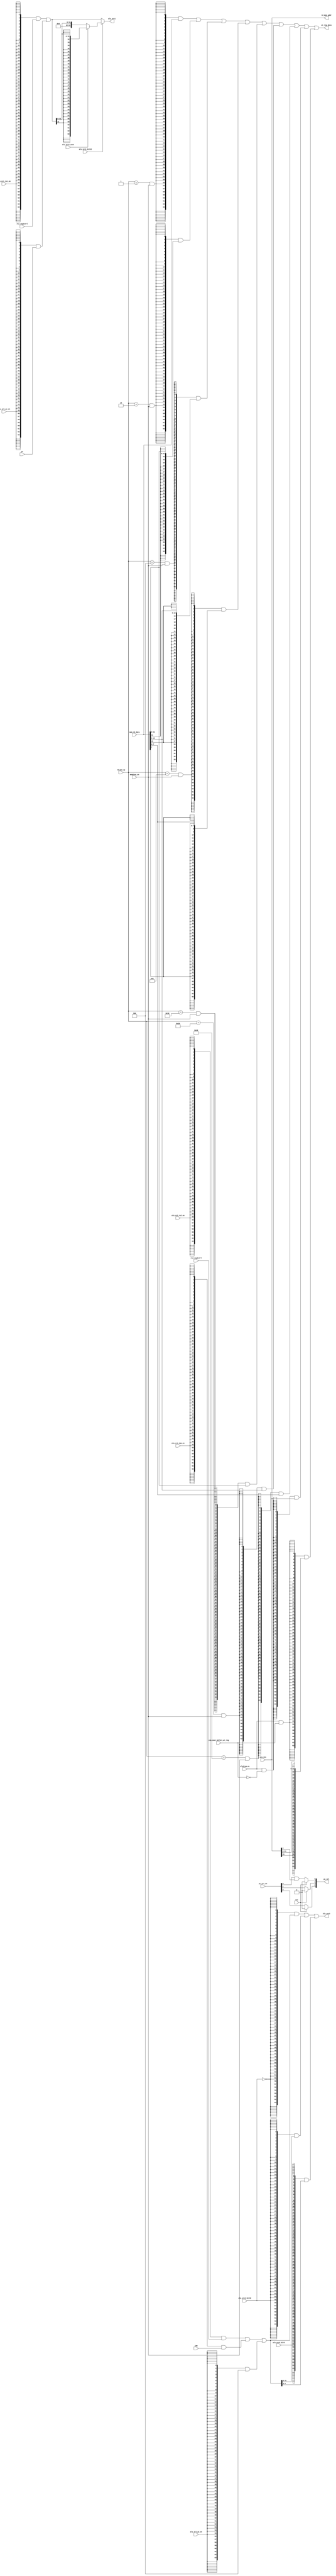
module ctrl (
    //idu to ctrl
    input         rst,
    input[2:0]    pc_src_en,
    input         alu_sr1_rs1_en,
    input         alu_sr1_pc_en,
    input         alu_sr2_rs2_en,
    input         alu2reg_en,
    input         alu_sr2_pc_en,
    input         mem2reg_en,
    input[63:0]   imm,
    input         alu_sr2_imm_en,
    input[6:0]    rd_mem_op,
    input	  alu_sext_before_wr_reg,
    input	  alu_src1_bit32,
    input	  alu_src2_bit32,
    input	  alu_src2_bit5,
    input	  alu_src1_sext,
    //regfile to ctrl
    input[63:0]   rs1_reg2ctrl,
    input[63:0]   rs2_reg2ctrl,
    //pc to ctrl
    input[63:0]   pc,
    //alu to ctrl
    input[63:0]   alu_res,
    //mem to ctrl
    input[63:0]   mem_rd_data,
    //ctrl to pc
    output[2:0]   pc_sel,
    //ctrl to alu
    output[63:0]  alu_src1,
    output[63:0]  alu_src2,
    //ctrl to regfile
    output[63:0]  wr_reg_data,
    output[63:0]  rd_mem_addr
);
    //pc_sel
    //pc_src_en[0] -> conditional transfer, pc_src_en[1] -> jal, pc_src_en[2] -> jalr, pc_src_en[3] -> auipc
    `define LD 7'b0000001
    `define LW 7'b0000010
    `define LH 7'b0000100
    `define LB 7'b0001000
    `define LWU 7'b0010000
    `define LHU 7'b0100000
    `define LBU 7'b1000000
    assign pc_sel[0] = (rst==1)? 0: (pc_src_en[0] & alu_res[0]);

    assign pc_sel[1] =(rst==1)? 0: pc_src_en[1];
    assign pc_sel[2] =(rst==1)? 0: pc_src_en[2];
    
    //alu_ctrl
    wire [63:0] alu_src1_o;
    wire [63:0] alu_src2_o;

    assign alu_src1_o = ({64{alu_sr1_rs1_en}} & rs1_reg2ctrl)
		      | ({64{alu_sr1_pc_en}} & pc);

    assign alu_src2_o = ({64{alu_sr2_rs2_en}} & rs2_reg2ctrl)
		      | ({64{alu_sr2_imm_en}} & imm)
		      | ({64{alu_sr2_pc_en}} & 'h4);
    
    //assign alu_src1 = (~alu_src1_bit32) ? alu_src1_o : {{32{1'b0}}, alu_src1_o[31:0]};
    assign alu_src1 = (~alu_src1_bit32) ? alu_src1_o : ((~alu_src1_sext) ? {32'b0, alu_src1_o[31:0]} : {{32{alu_src1_o[31]}}, alu_src1_o[31:0]});
    //assign alu_src1 = (~alu_src1_bit32) ? alu_src1_o : ((alu_src1_sext) ? {32'b0, alu_src1_o[31:0]} : {{32{alu_src1_o[31]}}, alu_src1_o[31:0]});

    assign alu_src2 = ({64{~alu_src2_bit32}} & alu_src2_o)
		    | ({64{alu_src2_bit32}} & {{32{1'b0}}, alu_src2_o[31:0]})
		    | ({64{alu_src2_bit5}} & {{59{1'b0}}, alu_src2_o[4:0]});

    //write back control
    assign wr_reg_data = ({64{rd_mem_op == `LD & mem2reg_en}} & mem_rd_data)
		       | ({64{rd_mem_op == `LW & mem2reg_en}} & {{32{mem_rd_data[31]}}, mem_rd_data[31:0]})
		       | ({64{rd_mem_op == `LH & mem2reg_en}} & {{48{mem_rd_data[15]}}, mem_rd_data[15:0]})
		       | ({64{rd_mem_op == `LB & mem2reg_en}} & {{56{mem_rd_data[7]}},  mem_rd_data[7:0]})
		       | ({64{rd_mem_op == `LWU & mem2reg_en}} & {32'b0, mem_rd_data[31:0]})
		       | ({64{rd_mem_op == `LHU & mem2reg_en}} & {48'b0, mem_rd_data[15:0]})
		       | ({64{rd_mem_op == `LBU & mem2reg_en}} & {56'b0,  mem_rd_data[7:0]})
		       | ({64{alu2reg_en & ~alu_sext_before_wr_reg}} & alu_res)
		       | ({64{alu2reg_en & alu_sext_before_wr_reg}} & {{32{alu_res[31]}},alu_res[31:0]});

    assign rd_mem_addr = alu_res;
endmodule